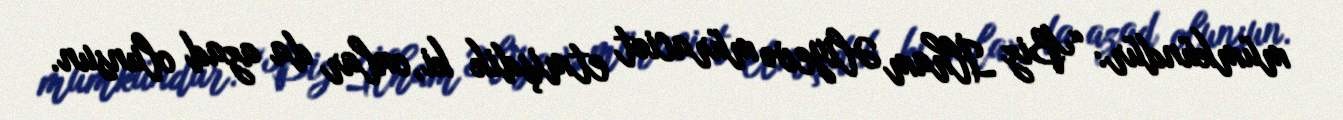
mümkündür: “Biz İlham Əliyevə müraciət etmişdik ki, onlar da azad olunsun.